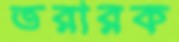
তরারক